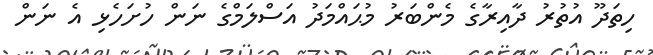
ހިތަދޫ އުތުރު ދާއިރާގެ މެންބަރު މުޙައްމަދު އަސްލަމްގެ ނަން ހުށަހެޅި އެ ނަން